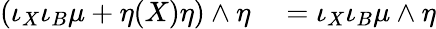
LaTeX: \begin{array}{rl}{(\iota_{X}\iota_{B}\mu+\eta(X)\eta)\wedge\eta}&{{}=\iota_{X}\iota_{B}\mu\wedge\eta}\end{array}